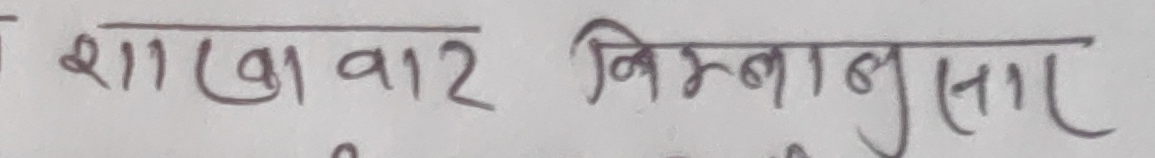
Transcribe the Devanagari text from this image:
शाखावार निम्नानुसार